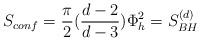
LaTeX: \begin{align*}S_{conf}={\pi\over 2}({d-2\over d-3})\Phi^2_h=S_{BH}^{(d)}\end{align*}